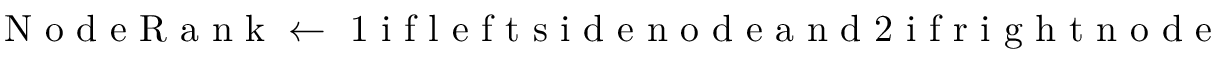
\mathrm { ~ N ~ o ~ d ~ e ~ R ~ a ~ n ~ k ~ } \gets \mathrm { ~ 1 ~ i ~ f ~ l ~ e ~ f ~ t ~ s ~ i ~ d ~ e ~ n ~ o ~ d ~ e ~ a ~ n ~ d ~ 2 ~ i ~ f ~ r ~ i ~ g ~ h ~ t ~ n ~ o ~ d ~ e ~ }